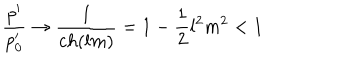
LaTeX: \frac { p ^ { \prime } } { p _ { 0 } ^ { \prime } } \rightarrow \frac { 1 } { c h ( l m ) } = 1 - \frac { 1 } { 2 } l ^ { 2 } m ^ { 2 } < 1